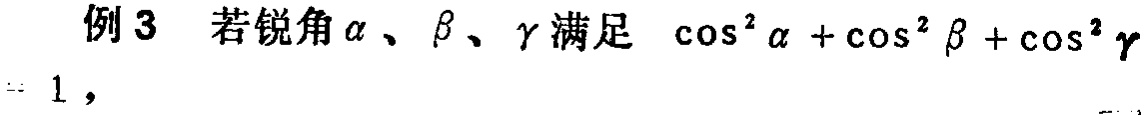
例3 若锐角\(\alpha\)、\(\beta\)、\(\gamma\)满足 \(\cos^{2}\alpha+\cos^{2}\beta+\cos^{2}\gamma = 1\)，